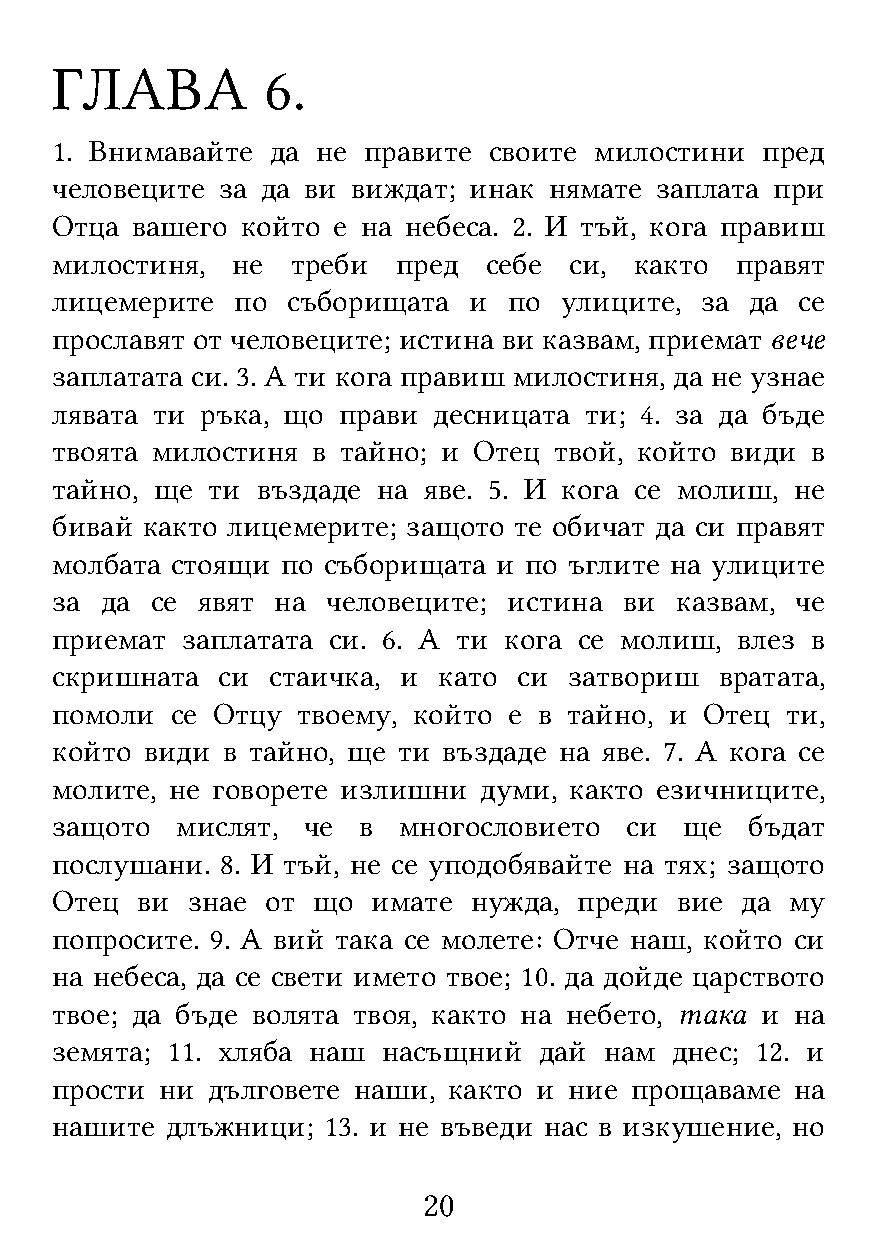
ГЛАВА          6.
 1. Внимавайте  да не правите своите милостини  пред
 человеците за да ви виждат; инак нямате заплата при
 Отца  вашего който е на небеса. 2. И тъй, кога правиш
 милостиня,  не  треби  пред  себе  си, както  правят
 лицемерите   по съборищата  и  по улиците, за  да се
 прославят от человеците; истина ви казвам, приемат вече
 заплатата си. 3. А ти кога правиш милостиня, да не узнае
 лявата ти ръка, що прави  десницата ти; 4. за да бъде
 твоята милостиня  в тайно; и Отец твой, който види в
 тайно, ще  ти въздаде на яве. 5. И кога се молиш, не
 бивай както лицемерите; защото те обичат да си правят
 молбата стоящи  по съборищата и по ъглите на улиците
 за  да се явят на  человеците; истина ви  казвам, че
 приемат  заплатата си. 6. А ти кога се молиш, влез в
 скришната  си  стаичка, и като си  затвориш  вратата,
 помоли  се Отцу  твоему, който е в тайно, и Отец ти,
 който  види в тайно, ще ти въздаде на яве. 7. А кога се
 молите, не говорете излишни  думи, както езичниците,
 защото   мислят, че  в многословието  си  ще   бъдат
 послушани.  8. И тъй, не се уподобявайте на тях; защото
 Отец  ви знае  от що  имате нужда, преди  вие да му
 попросите. 9. А вий така се молете: Отче наш, който си
 на небеса, да се свети името твое; 10. да дойде царството
 твое; да бъде волята твоя, както на небето, така и на
 земята; 11. хляба наш насъщний   дай нам днес; 12. и
 прости  ни дълговете наши, както и ние прощаваме  на
 нашите  длъжници; 13. и не въведи нас в изкушение, но
 20